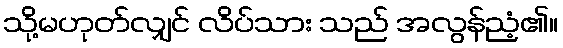
သို့မဟုတ်လျှင် လိပ်သား သည် အလွန်ညံ့၏။